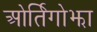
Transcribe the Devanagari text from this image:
ओर्तिगोझा